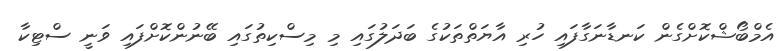
އެމްބޯޝްކޮށްގެން ކަނޑާނަގާފައި ހުރި އާޔަތްތަކުގެ ބަދަލުގައި މި މިސްކިތުގައި ބޭނުންކޮށްފައި ވަނީ ސްޓިކާ